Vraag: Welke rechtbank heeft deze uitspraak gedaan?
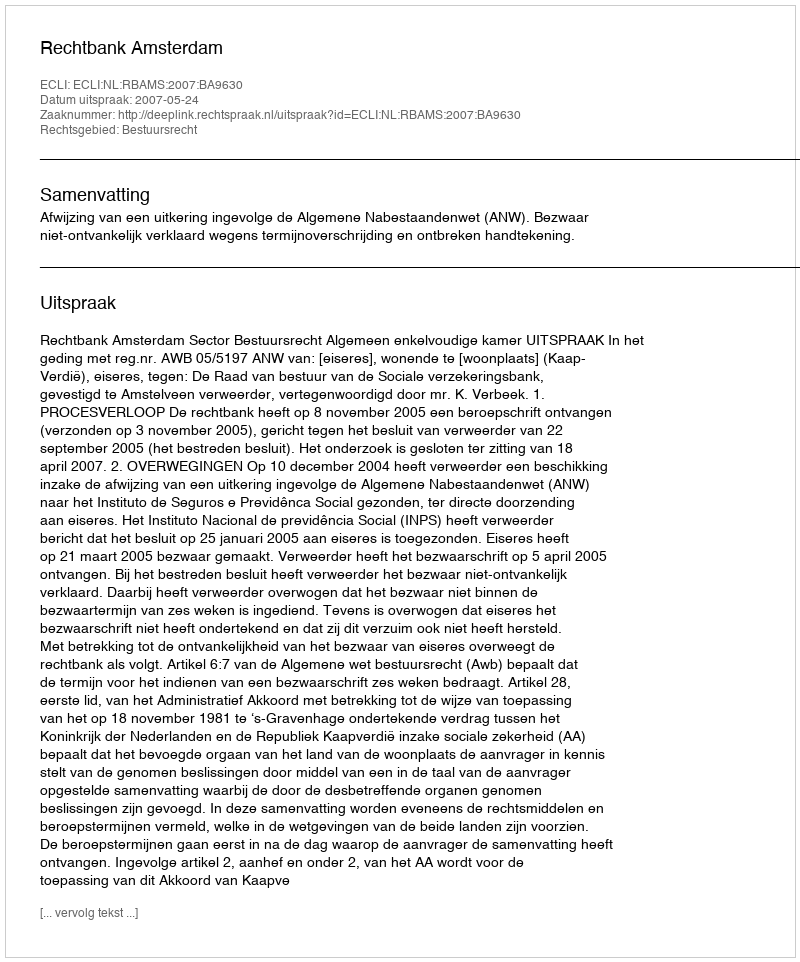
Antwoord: Rechtbank Amsterdam